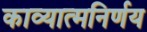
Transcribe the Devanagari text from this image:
काव्यात्मनिर्णय